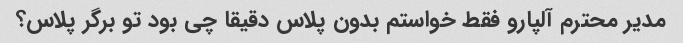
مدیر محترم آلپارو فقط خواستم بدون پلاس دقیقا چی بود تو برگر پلاس؟